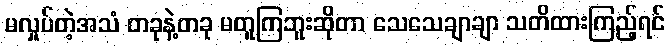
မလှုပ်တဲ့အသံ တခုနဲ့တခု မတူကြဘူးဆိုတာ သေသေချာချာ သတိထားကြည့်ရင်